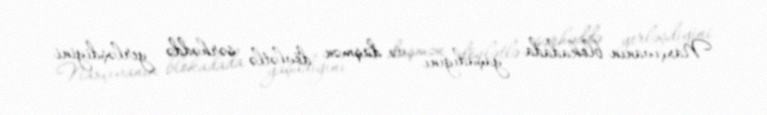
Naxçıvanın blokadada yaşadığını və düşmən dövlətlə sərhəddə yerləşdiyini